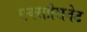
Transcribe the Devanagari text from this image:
एक्सप्रेसनेट